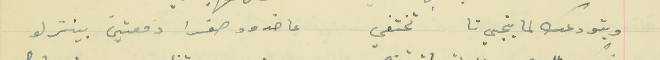
وبتودعك لما بتجي تا تختفي                                  عا خدود صفرا دمعتين بينزلو